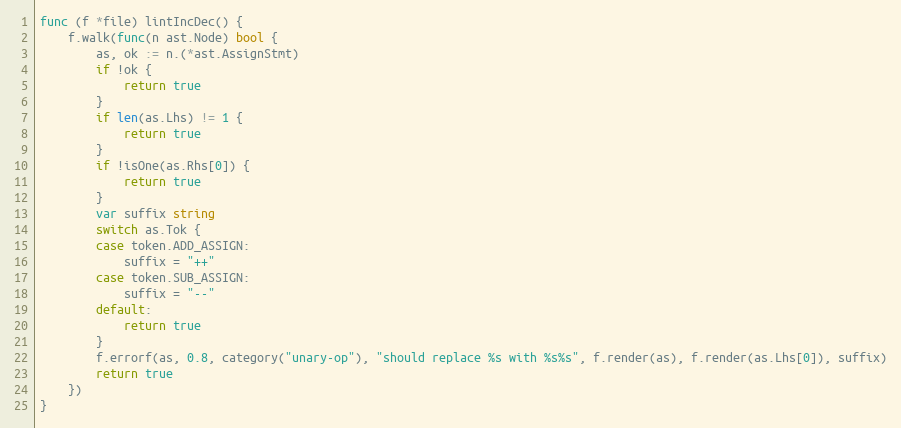
Language: Go
func (f *file) lintIncDec() {
	f.walk(func(n ast.Node) bool {
		as, ok := n.(*ast.AssignStmt)
		if !ok {
			return true
		}
		if len(as.Lhs) != 1 {
			return true
		}
		if !isOne(as.Rhs[0]) {
			return true
		}
		var suffix string
		switch as.Tok {
		case token.ADD_ASSIGN:
			suffix = "++"
		case token.SUB_ASSIGN:
			suffix = "--"
		default:
			return true
		}
		f.errorf(as, 0.8, category("unary-op"), "should replace %s with %s%s", f.render(as), f.render(as.Lhs[0]), suffix)
		return true
	})
}